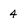
Character: 4